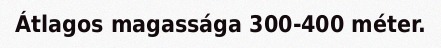
Átlagos magassága 300-400 méter.